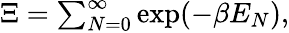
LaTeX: \begin{array}{r}{\Xi=\sum_{N=0}^{\infty}\exp(-\beta E_{N}),}\end{array}